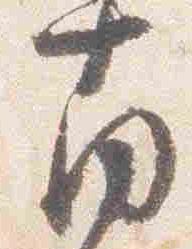
南